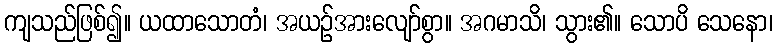
ကျသည်ဖြစ်၍။ ယထာသောတံ၊ အယဉ်အားလျော်စွာ။ အဂမာသိ၊ သွား၏။ သောပိ သေနော၊